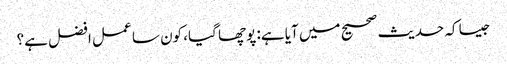
جیسا کہ حدیث صحیح میں آیا ہے: پوچھا گیا، کون سا عمل افضل ہے؟